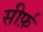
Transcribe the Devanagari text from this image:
सीर्फ़